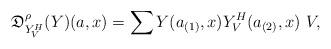
LaTeX: \begin{align*}\mathfrak D_{Y_V^H}^\rho (Y)(a,x)=\sum Y(a_{(1)},x)Y_V^H(a_{(2)},x)\ V,\end{align*}